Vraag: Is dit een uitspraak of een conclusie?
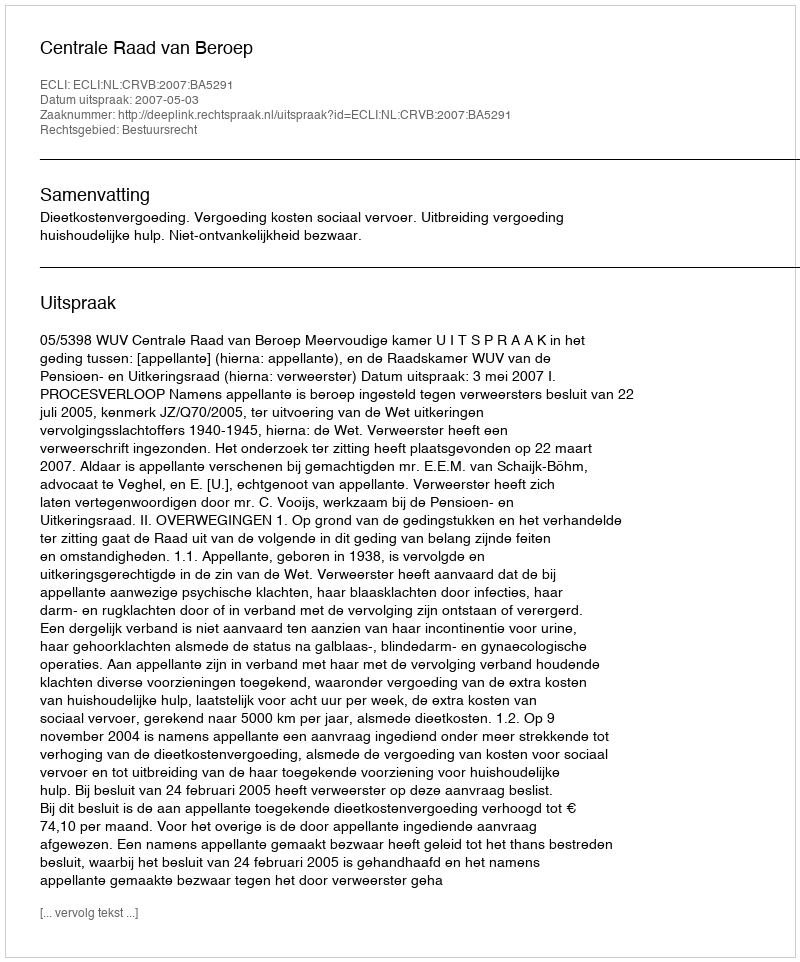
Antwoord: Uitspraak